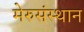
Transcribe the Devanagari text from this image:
मेरुसंस्थान